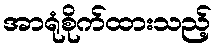
အာရုံစိုက်ထားသည့်